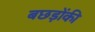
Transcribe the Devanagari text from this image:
बछड़ोंकी